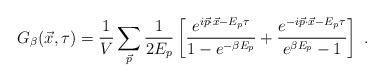
LaTeX: \begin{align*}G_{\beta}(\vec{x}, \tau) = {1\over V} \sum_{\vec{p}}{1\over {2 E_p}}\left[ { {e^{i \vec{p} \cdot \vec{x}-E_p \tau }} \over {1- e^{-\beta E_p}}} +{ {e^{-i \vec{p} \cdot \vec{x}-E_p \tau }} \over { e^{\beta E_p}-1}} \right] \; .\end{align*}